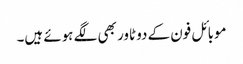
موبائل فون کے دو ٹاور بھی لگے ہوئے ہیں۔